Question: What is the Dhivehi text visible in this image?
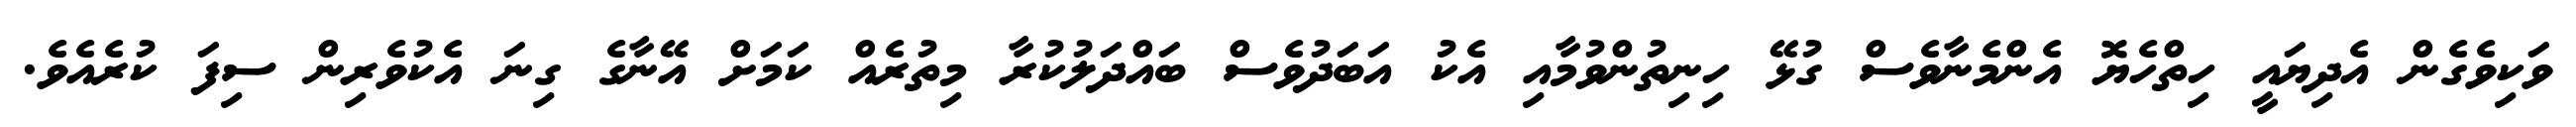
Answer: ވަކިވެގެން އެދިޔައީ ހިތްހެޔޮ އެންމެނާވެސް ގުޅޭ ހިނިތުންވުމާއި އެކު އަބަދުވެސް ބައްދަލުކުރާ މިތުރެއް ކަމަށް އޭނާގެ ގިނަ އެކުވެރިން ސިފަ ކުރެއެވެ.